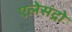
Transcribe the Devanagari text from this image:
एलेसंद्रो